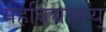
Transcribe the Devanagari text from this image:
महविद्यालय्